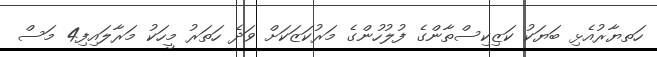
ހަތޔާރުއެޅި ބަޔަކު ކަޒިކިސްތާންގެ ފުލުހުންގެ މަރުކަޒަކަށް ވަދެ ހަތަރު މީހަކު މަރާލައިފި4 މަސް